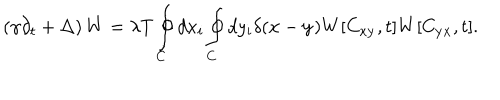
\left( \gamma \partial _ { t } + \Delta \right) W = \lambda T \oint _ { C } ^ { } d x _ { i } \oint _ { C } ^ { } d y _ { i } \delta ( { \bf x } - { \bf y } ) W [ C _ { \bf x y } , t ] W [ C _ { \bf y x } , t ] .